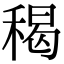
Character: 䅥